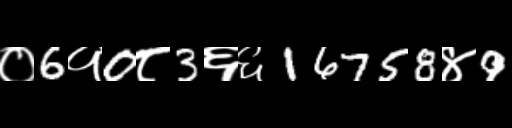
Text: ०6१0८3६६16758४9